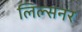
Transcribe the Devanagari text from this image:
लिल्सनर